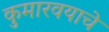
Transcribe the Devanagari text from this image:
कुमारवयाचे